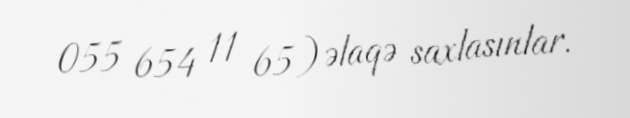
055 654 11 65) əlaqə saxlasınlar.